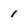
Character: 1